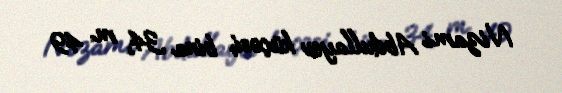
Nizami Abdullayev küçəsi, bina 34, m. 49